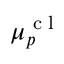
\boldsymbol { \mu } _ { p } ^ { \textrm { c l } }